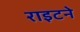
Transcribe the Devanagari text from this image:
राइटने